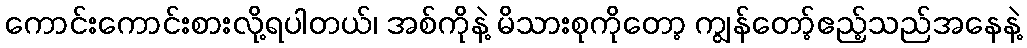
ကောင်းကောင်းစားလို့ရပါတယ်၊ အစ်ကိုနဲ့ မိသားစုကိုတော့ ကျွန်တော့်ဧည့်သည်အနေနဲ့